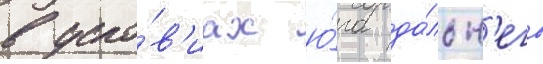
в усло́в'иах ю́га да́льн'его